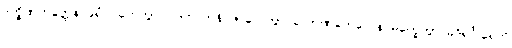
ဒက္ခိဏဟတ္ထေန ခုရံ ဂဟေတွာ ပါဒတလာနိ ဖာလေတွာ လောဏတေလေန မက္ခေတွာ ခဒိရင်္ဂါရေဟိ